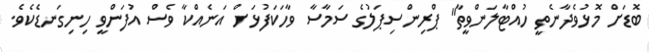
ބޮޑަށް މޮޅުވެދާނެތީ ހުއްޓާލަންވީތާ" ޕްރިންސިޕަލުގެ ސަމާސާ ވާހަކަފުޅަށް އަނެއްކާ ވެސް އުފަންވީ ހިނިގަނޑެކެވެ.